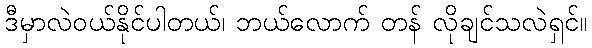
ဒီမှာလဲဝယ်နိုင်ပါတယ်၊ ဘယ်လောက် တန် လိုချင်သလဲရှင်။